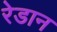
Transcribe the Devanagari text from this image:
रेडान